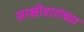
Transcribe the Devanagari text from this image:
साक्षीदारांच्या